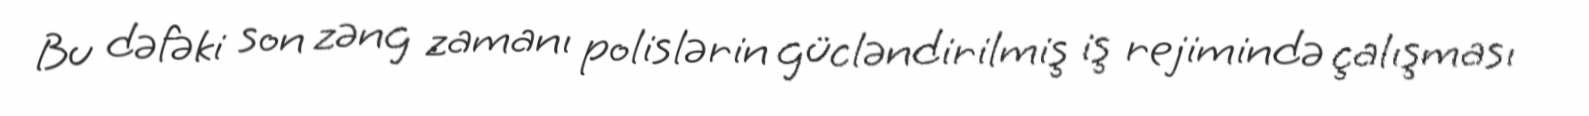
Bu dəfəki son zəng zamanı polislərin gücləndirilmiş iş rejimində çalışması